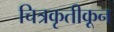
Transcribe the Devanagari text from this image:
चित्रकृतीकून